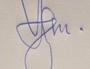
Signature authenticity: genuine